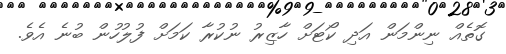
ގޮތެއް ނިންމަން އަދި ކޯޓަށް ހާޒިރު ނުކުރާ ކަމަށް ފުލުހުން ބުނެ އެވެ.